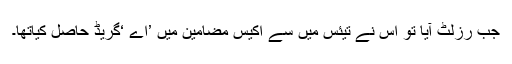
جب رزلٹ آیا تو اس نے تیئس میں سے اکیس مضامین میں ’اے ‘گریڈ حاصل کیاتھا۔